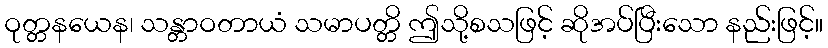
ဝုတ္တနယေန၊ သန္တာဝတာယံ သမာပတ္တိ ဤသို့စသဖြင့် ဆိုအပ်ပြီးသော နည်းဖြင့်။